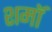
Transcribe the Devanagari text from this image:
शमॉ